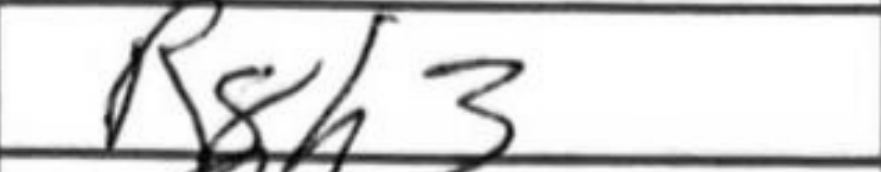
Transcription: Rgh3